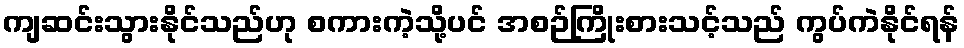
ကျဆင်းသွားနိုင်သည်ဟု စကားကဲ့သို့ပင် အစဉ်ကြိုးစားသင့်သည် ကွပ်ကဲနိုင်ရန်